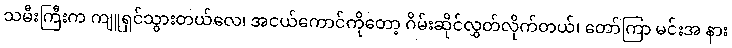
သမီးကြီးက ကျူရှင်သွားတယ်လေ၊ အငယ်ကောင်ကိုတော့ ဂိမ်းဆိုင်လွှတ်လိုက်တယ်၊ တော်ကြာ မင်းအ နား